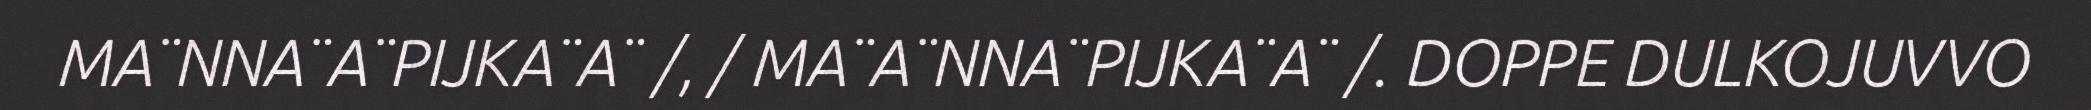
MA¨NNA¨A¨PIJKA¨A¨ /, / MA¨A¨NNA¨PIJKA¨A¨ /. DOPPE DULKOJUVVO